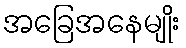
အခြေအနေမျိုး